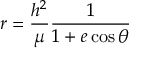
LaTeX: r = { \frac { h ^ { 2 } } { \mu } } { \frac { 1 } { 1 + e \cos \theta } }